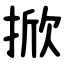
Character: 掀